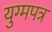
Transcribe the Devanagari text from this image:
युग्मपत्र